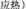
应热)